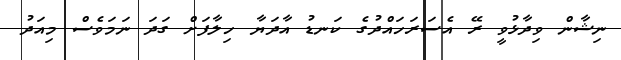
ނިޝާން ވިދާޅުވީ ރޭ އެސަރަހައްދުގެ ކަނޑު އާދަޔާ ހިލާފަށް ގަދަ ނަމަވެސް މިއަދު